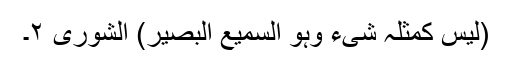
(لیس کمثلہ شیء وہو السمیع البصیر) الشوری ٢۔